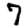
Digit: 7